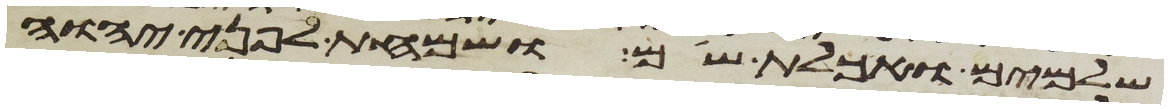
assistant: שלמים ואכלת שם ושמחת לפני יהוה